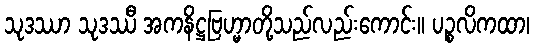
သုဒဿာ သုဒဿီ အကနိဋ္ဌဗြဟ္မာတို့သည်လည်းကောင်း။ ပဉ္စလိကထာ၊